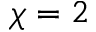
\chi = 2